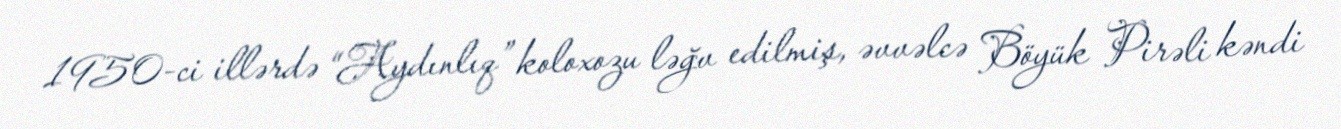
1950-ci illərdə “Aydınlıq” koloxozu ləğv edilmiş, əvvəlcə Böyük Pirəli kəndi